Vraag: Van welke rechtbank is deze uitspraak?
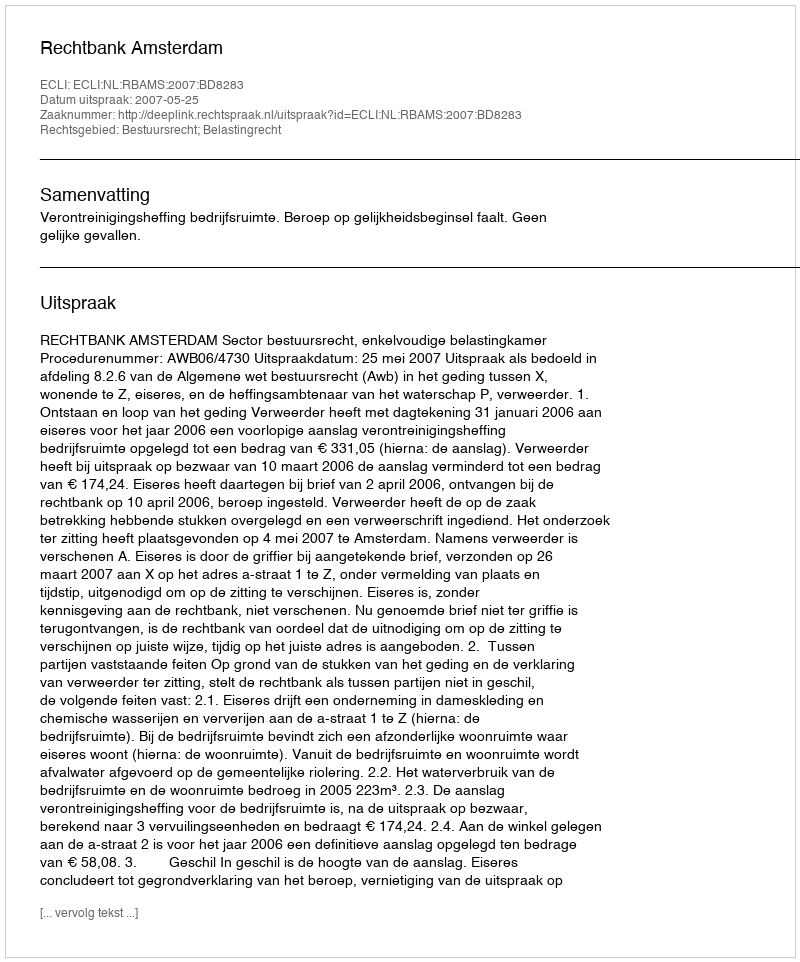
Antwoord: Rechtbank Amsterdam